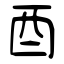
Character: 酉